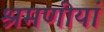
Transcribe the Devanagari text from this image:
श्रमणीयां